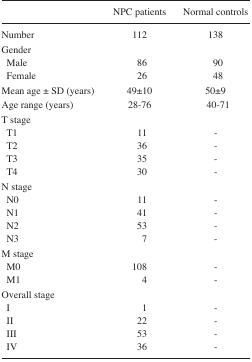
|  | NPC patients | Normal controls |
 | --- | --- | --- |
 | Number | 112 | 138 |
 | <COLSPAN=3> Gender |
 | Male | 86 | 90 |
 | Female | 26 | 48 |
 | Mean age ± SD (years) | 49±10 | 50±9 |
 | Age range (years) | 28–76 | 40–71 |
 | <COLSPAN=3> T stage |
 | T1 | 11 | - |
 | T2 | 36 | - |
 | T3 | 35 | - |
 | T4 | 30 | - |
 | <COLSPAN=3> N stage |
 | N0 | 11 | - |
 | N1 | 41 | - |
 | N2 | 53 | - |
 | N3 | 7 | - |
 | <COLSPAN=3> M stage |
 | M0 | 108 | - |
 | M1 | 4 | - |
 | <COLSPAN=3> Overall stage |
 | I | 1 | - |
 | II | 22 | - |
 | III | 53 | - |
 | IV | 36 | - |